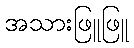
အသားဖြူဖြူ